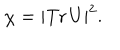
\chi = \left| \mathrm { T r } \, U \right| ^ { 2 } .